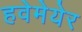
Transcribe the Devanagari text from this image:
हवेमेयेर